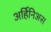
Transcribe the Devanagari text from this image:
अर्हिनिअस